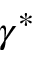
\gamma ^ { * }